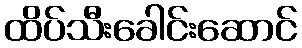
ထိပ်သီးခေါင်းဆောင်